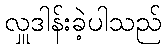
လှူဒါန်းခဲ့ပါသည်